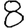
Digit: 8